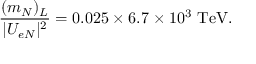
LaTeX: { \frac { ( m _ { N } ) _ { L } } { | U _ { e N } | ^ { 2 } } } = 0 . 0 2 5 \times 6 . 7 \times 1 0 ^ { 3 } \ \mathrm { T e V } .